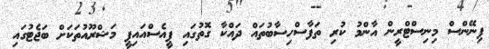
ފިނޭންސް މިނިސްޓްރީން އާންމު ކުރި ތަފާސްހިސާބުތައް ދައްކާ ގޮތުގައި ޕީއެސްއައިޕީ މަޝްރޫއުތަކަށް ބަޖެޓުގައި